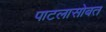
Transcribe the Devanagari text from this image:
पाटलासोबत